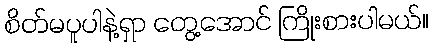
စိတ်မပူပါနဲ့ရှာ တွေ့အောင် ကြိုးစားပါမယ်။